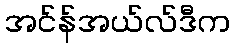
အင်န်အယ်လ်ဒီက